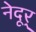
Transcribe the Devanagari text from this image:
नेदूर्